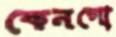
কেনগো